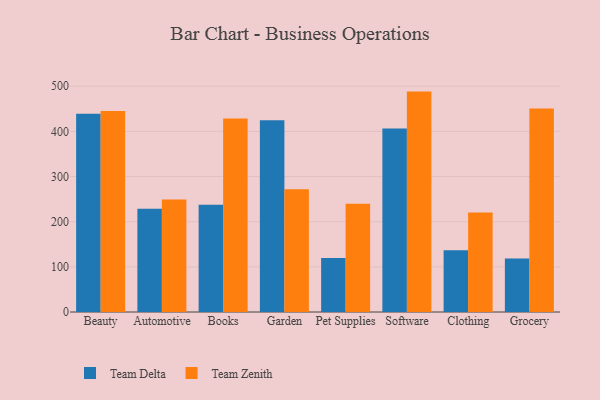
{"axis": {"x": "Category", "y": "Satisfaction Score"}, "legend": ["Team Delta", "Team Zenith"], "data": [{"x": "Beauty", "y": 439.3, "type": "Team Delta"}, {"x": "Beauty", "y": 444.9, "type": "Team Zenith"}, {"x": "Automotive", "y": 228.5, "type": "Team Delta"}, {"x": "Automotive", "y": 249.2, "type": "Team Zenith"}, {"x": "Books", "y": 237.7, "type": "Team Delta"}, {"x": "Books", "y": 428.7, "type": "Team Zenith"}, {"x": "Garden", "y": 424.8, "type": "Team Delta"}, {"x": "Garden", "y": 272.1, "type": "Team Zenith"}, {"x": "Pet Supplies", "y": 119.5, "type": "Team Delta"}, {"x": "Pet Supplies", "y": 239.6, "type": "Team Zenith"}, {"x": "Software", "y": 406.5, "type": "Team Delta"}, {"x": "Software", "y": 488.1, "type": "Team Zenith"}, {"x": "Clothing", "y": 136.7, "type": "Team Delta"}, {"x": "Clothing", "y": 220.1, "type": "Team Zenith"}, {"x": "Grocery", "y": 118.4, "type": "Team Delta"}, {"x": "Grocery", "y": 450.6, "type": "Team Zenith"}]}